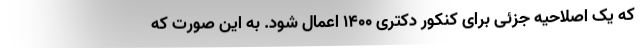
که یک اصلاحیه جزئی برای کنکور دکتری ۱۴۰۰ اعمال شود. به این صورت که